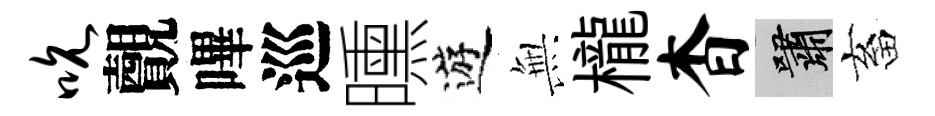
吮覿嗶巡曛遊𭴾櫳杳嘯畜